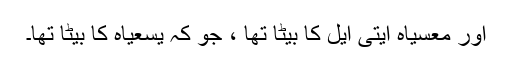
اور معسیاہ ایتی ایل کا بیٹا تھا ، جو کہ یسعیاہ کا بیٹا تھا۔